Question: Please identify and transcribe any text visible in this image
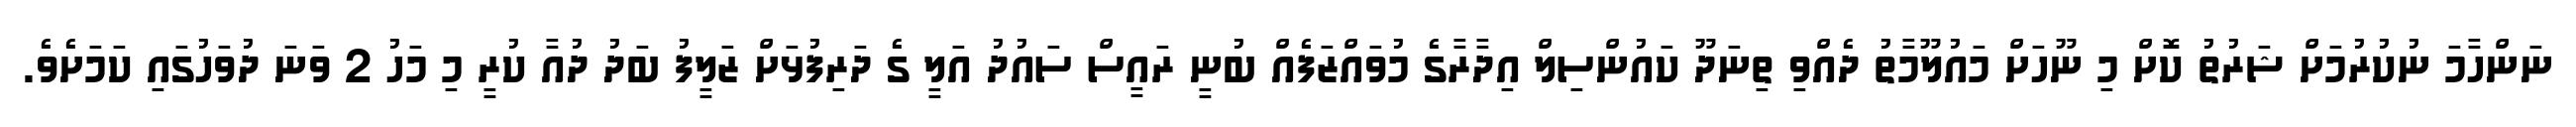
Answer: ނަންހާމަ ނުކުރުމަށް ޝަރުތު ކޮށް މި ނޫހަށް މައުލޫމާތު ދެއްވި ތިނަދޫ ކައުންސިލް އިދާރާގެ މުވައްޒަފެއް ބުނީ ރައީސް ސައުދު އަލީ ގެ ދަރިފުޅަށް ޒަލީފު ބަދު ދުއާ ކުރީ މި މަހު 2 ވަނަ ދުވަހުގައި ކަމަށެވެ.